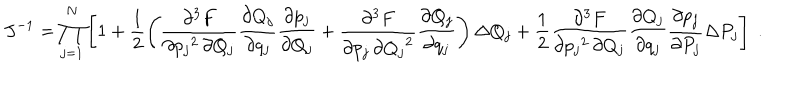
LaTeX: J ^ { - 1 } = \prod _ { j = 1 } ^ { N } \left[ 1 + \frac { 1 } { 2 } \left( \frac { \partial ^ { 3 } F } { \partial { p _ { j } } ^ { 2 } \, \partial Q _ { j } } \frac { \partial Q _ { j } } { \partial q _ { j } } \frac { \partial p _ { j } } { \partial Q _ { j } } + \frac { \partial ^ { 3 } F } { \partial p _ { j } \, \partial { Q _ { j } } ^ { 2 } } \frac { \partial Q _ { j } } { \partial q _ { j } } \right) \Delta Q _ { j } + \frac { 1 } { 2 } \frac { \partial ^ { 3 } F } { \partial { p _ { j } } ^ { 2 } \, \partial Q _ { j } } \frac { \partial Q _ { j } } { \partial q _ { j } } \frac { \partial p _ { j } } { \partial P _ { j } } \Delta P _ { j } \right] \; .